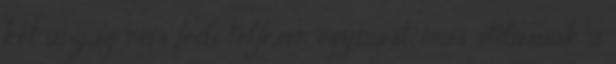
két anyag nem fedi teljesen egymást, más stilusúak a